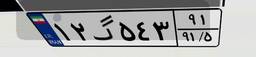
۱۲گ۵۴۳۹۱